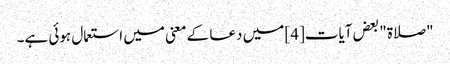
"صلاۃ" بعض آیات[4] میں دعا کے معنی میں استعمال ہوئی ہے۔